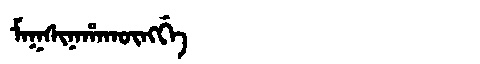
Manchu: ᠮᠠᡴᠰᡳᠨᠠᡥᠠᡴᡡᠩᡤᡝ
Romanization: MAKSINAHAKŪNGGE